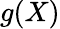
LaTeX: g(X)